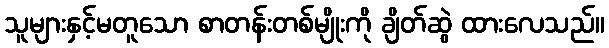
သူများနှင့်မတူသော စာတန်းတစ်မျိုးကို ချိတ်ဆွဲ ထားလေသည်။